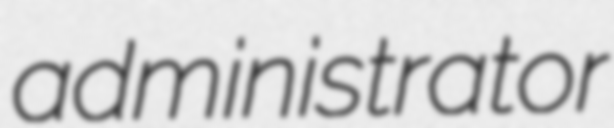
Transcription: administrator